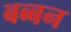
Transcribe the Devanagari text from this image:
बब्‍बन